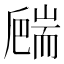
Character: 𦓙